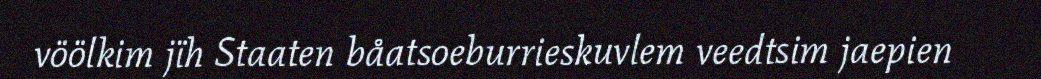
vöölkim jïh Staaten båatsoeburrieskuvlem veedtsim jaepien